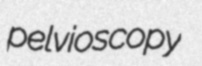
pelvioscopy